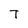
Character: T